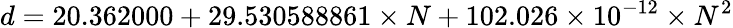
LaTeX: d=20.362000+29.530588861\times N+102.026\times 10^{-12}\times N^{2}